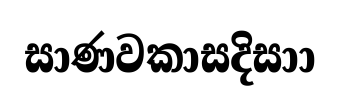
සාණවකාසදිසාා